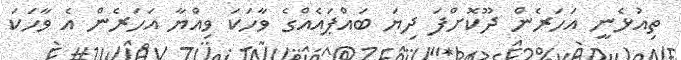
ތިއުޅެނީ އަހަރެން ދޫކޮށްފަ ދިޔަ ބައްޕައެއްގެ ވާހަކަ ވިއްޔާ އަހަރެން އެ ވާހަކަ